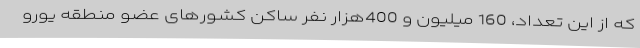
که از این تعداد، 160 میلیون و 400هزار نفر ساکن کشورهای عضو منطقه یورو